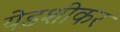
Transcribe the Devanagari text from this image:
येडशीकर